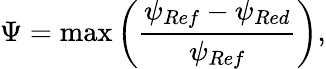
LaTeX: \Psi=\operatorname*{max}\left(\frac{\psi_{Ref}-\psi_{Red}}{\psi_{Ref}}\right),